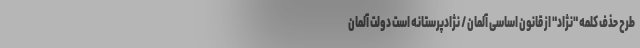
طرح حذف کلمه "نژاد" از قانون اساسی آلمان / نژادپرستانه است دولت آلمان